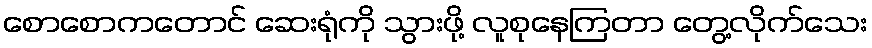
စောစောကတောင် ဆေးရုံကို သွားဖို့ လူစုနေကြတာ တွေ့လိုက်သေး